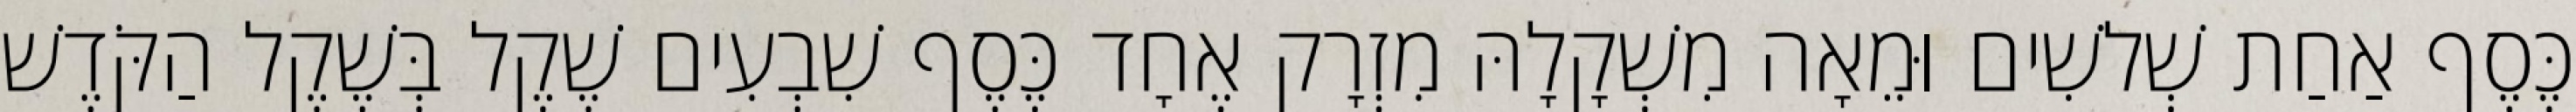
כֶּסֶף אַחַת שְׁלשִׁים וּמֵאָה מִשְׁקָלָהּ מִזְרָק אֶחָד כֶּסֶף שִׁבְעִים שֶׁקֶל בְּשֶׁקֶל הַקֹּדֶשׁ